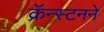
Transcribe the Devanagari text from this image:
क्रॅन्स्टनने